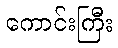
ကောင်းကြီး